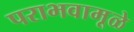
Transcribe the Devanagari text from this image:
पराभवामूळे